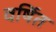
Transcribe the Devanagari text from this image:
वर्षित